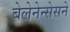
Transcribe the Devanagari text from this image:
बेलेनेन्सेसने